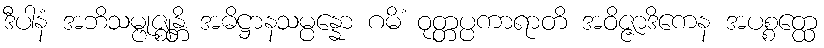
ဒီပါနံ အဘိသမ္ဗုဇ္ဈန္တိ အဓိဋ္ဌာနသမ္ပန္နော ဂမိံ ဝုတ္တပ္ပကာရာတိ အဝိဇ္ဇာဒိကေန အပစ္စတ္ထေ